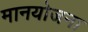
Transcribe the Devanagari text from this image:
मानयोजना